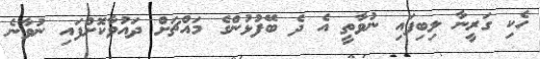
ހެކި ގަރީނާ ލިބިފައި ނުވާތީ އެ ދެ ބޭފުޅުންގެ މައްޗަށް ދައުވާކޮށްފައި ނުވާނެ